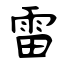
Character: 雷